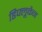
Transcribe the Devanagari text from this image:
डिफ्लूकैन